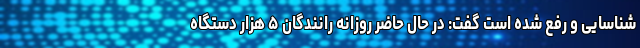
شناسایی و رفع شده است گفت: در حال حاضر روزانه رانندگان ۵ هزار دستگاه